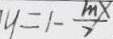
y = 1 - \frac { m x } { 7 }